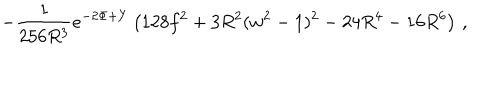
LaTeX: - \frac { 1 } { 2 5 6 R ^ { 3 } } e ^ { - 2 \Phi + Y } \left( 1 2 8 f ^ { 2 } + 3 R ^ { 2 } ( w ^ { 2 } - 1 ) ^ { 2 } - 2 4 R ^ { 4 } - 1 6 R ^ { 6 } \right) \, ,